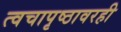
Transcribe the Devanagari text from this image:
त्वचापृष्ठावरही